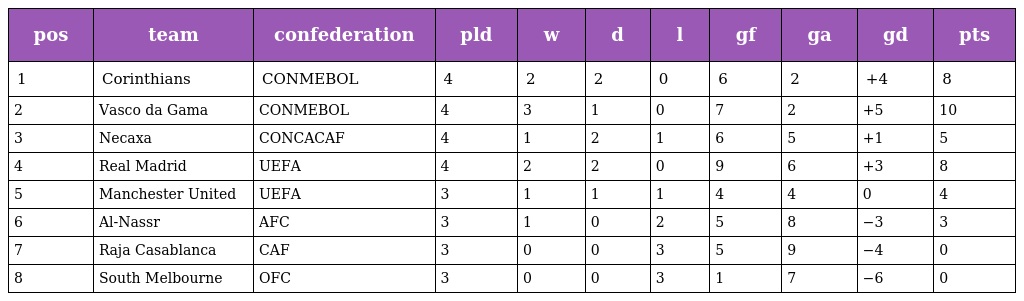
| pos | team | confederation | pld | w | d | l | gf | ga | gd | pts |
 | --- | --- | --- | --- | --- | --- | --- | --- | --- | --- | --- |
 | 1 | Corinthians | CONMEBOL | 4 | 2 | 2 | 0 | 6 | 2 | +4 | 8 |
 | 2 | Vasco da Gama | CONMEBOL | 4 | 3 | 1 | 0 | 7 | 2 | +5 | 10 |
 | 3 | Necaxa | CONCACAF | 4 | 1 | 2 | 1 | 6 | 5 | +1 | 5 |
 | 4 | Real Madrid | UEFA | 4 | 2 | 2 | 0 | 9 | 6 | +3 | 8 |
 | 5 | Manchester United | UEFA | 3 | 1 | 1 | 1 | 4 | 4 | 0 | 4 |
 | 6 | Al-Nassr | AFC | 3 | 1 | 0 | 2 | 5 | 8 | −3 | 3 |
 | 7 | Raja Casablanca | CAF | 3 | 0 | 0 | 3 | 5 | 9 | −4 | 0 |
 | 8 | South Melbourne | OFC | 3 | 0 | 0 | 3 | 1 | 7 | −6 | 0 |